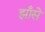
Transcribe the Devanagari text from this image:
झाँसे